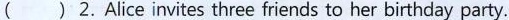
( ) 2.Alice invites three friends to her birthday party.